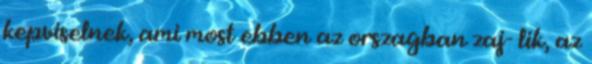
kepviselnek, ami most ebben az orszagban zaj- lik, az